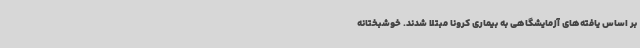
بر اساس یافته‌های آزمایشگاهی به بیماری کرونا مبتلا شدند. خوشبختانه